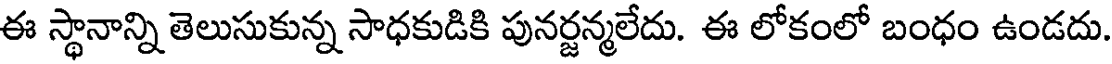
ఈ స్థానాన్ని తెలుసుకున్న సాధకుడికి పునర్జన్మలేదు. ఈ లోకంలో బంధం ఉండదు.